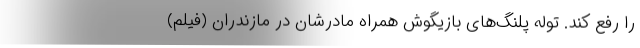
را رفع کند. توله پلنگ‌های بازیگوش همراه مادرشان در مازندران (فیلم)